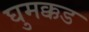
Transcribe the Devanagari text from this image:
घुमक्कड